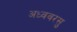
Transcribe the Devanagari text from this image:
अध्ववरसु